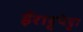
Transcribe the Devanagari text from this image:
ईराट्टुपेट्टा